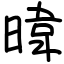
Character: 暐